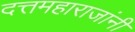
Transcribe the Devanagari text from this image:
दत्तमहाराजांनी